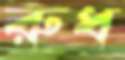
রুধ